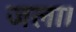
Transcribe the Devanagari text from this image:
जला।